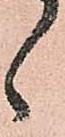
候